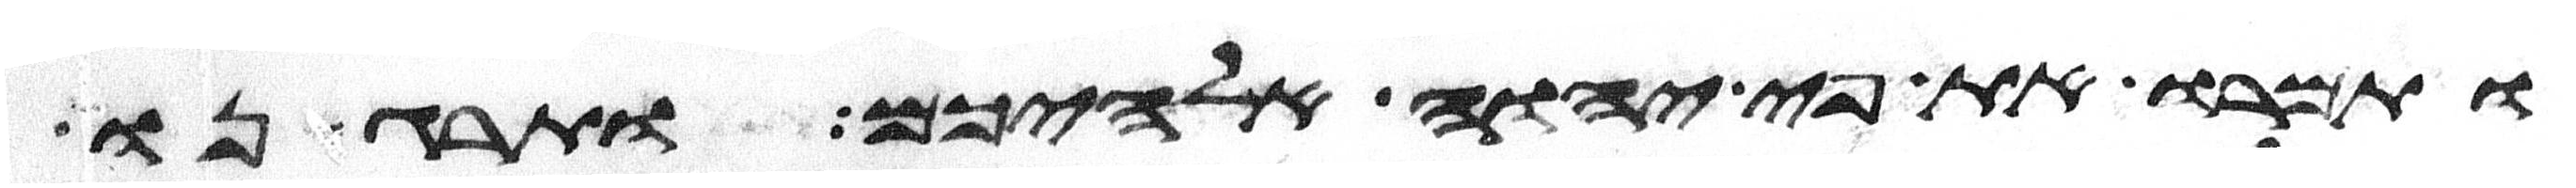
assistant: ותמרו את פי יהוה אלהיכם ותרגנו